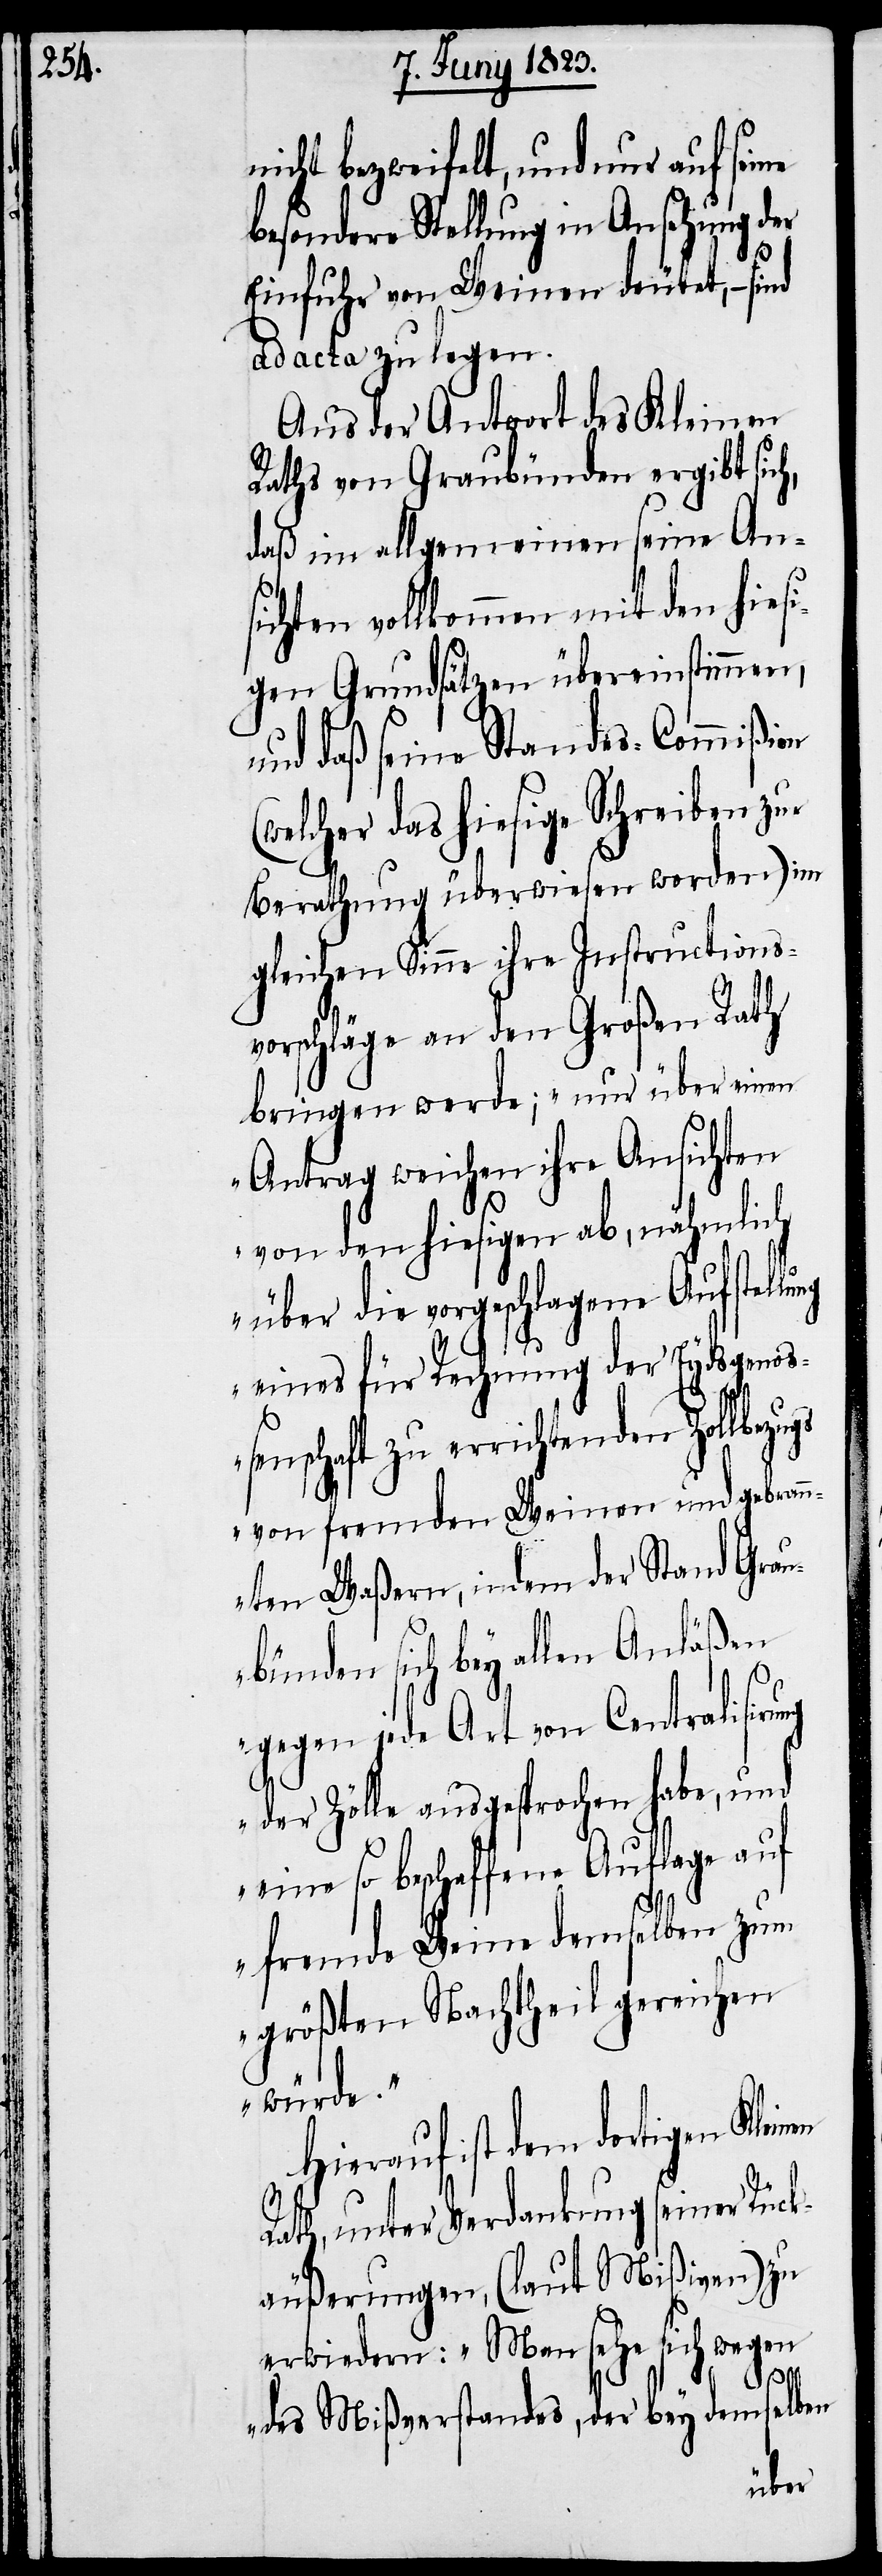
nicht bezweifelt, und nur auf seine
besondere Stellung in Ansehung der
Einfuhr von Weinen deutet, –
ad acta zu legen.
Aus der Antwort des Kleinen
Raths von Graubünden ergibt sich,
daß im allgemeinen seine An¬
sichten vollkommen mit den hiesi¬
gen Grundsätzen übereinstimmen,
und daß seine Standes-Commißion
elcher das hiesige Schreiben zur
Berathung überwiesen worden) im
gleichen Sinne ihre Instructions¬
vorschläge an den Großen Rath
bringen werde; „nur über einen
Antrag weichen ihre Ansichten
von den hiesigen ab, nähmlich
über die vorgeschlagene Aufstellung
eines für Rechnung der Eydsgenoße¬
nschaft zu errichtenden Zollbez¬
von fremden Weinen und gebran¬
nten Waßern, indem der Stand Grau¬
bünden sich bey allen Anläßen
ugs
gegen jede Art von Centralisirung
der Zölle ausgesprochen habe, und
eine so beschaffene Auflage auf
fremde Weine demselben zum
größten Nachtheil gereichen
würde.“
Hierauf ist dem dortigen
Rath, unter Verdankung seiner Rück¬
äußerungen, (laut Mißiven) zu
erwiedern: „Man sehe sich wegen
des Mißverstandes, der bey demselben